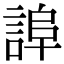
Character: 𧨮